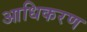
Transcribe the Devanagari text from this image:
आधिकरण